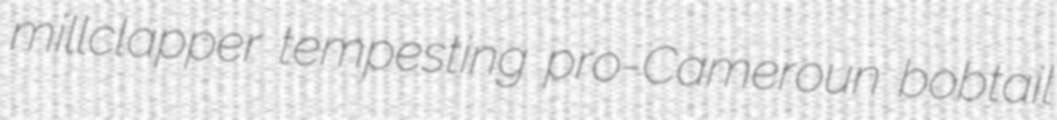
millclapper tempesting pro-Cameroun bobtail